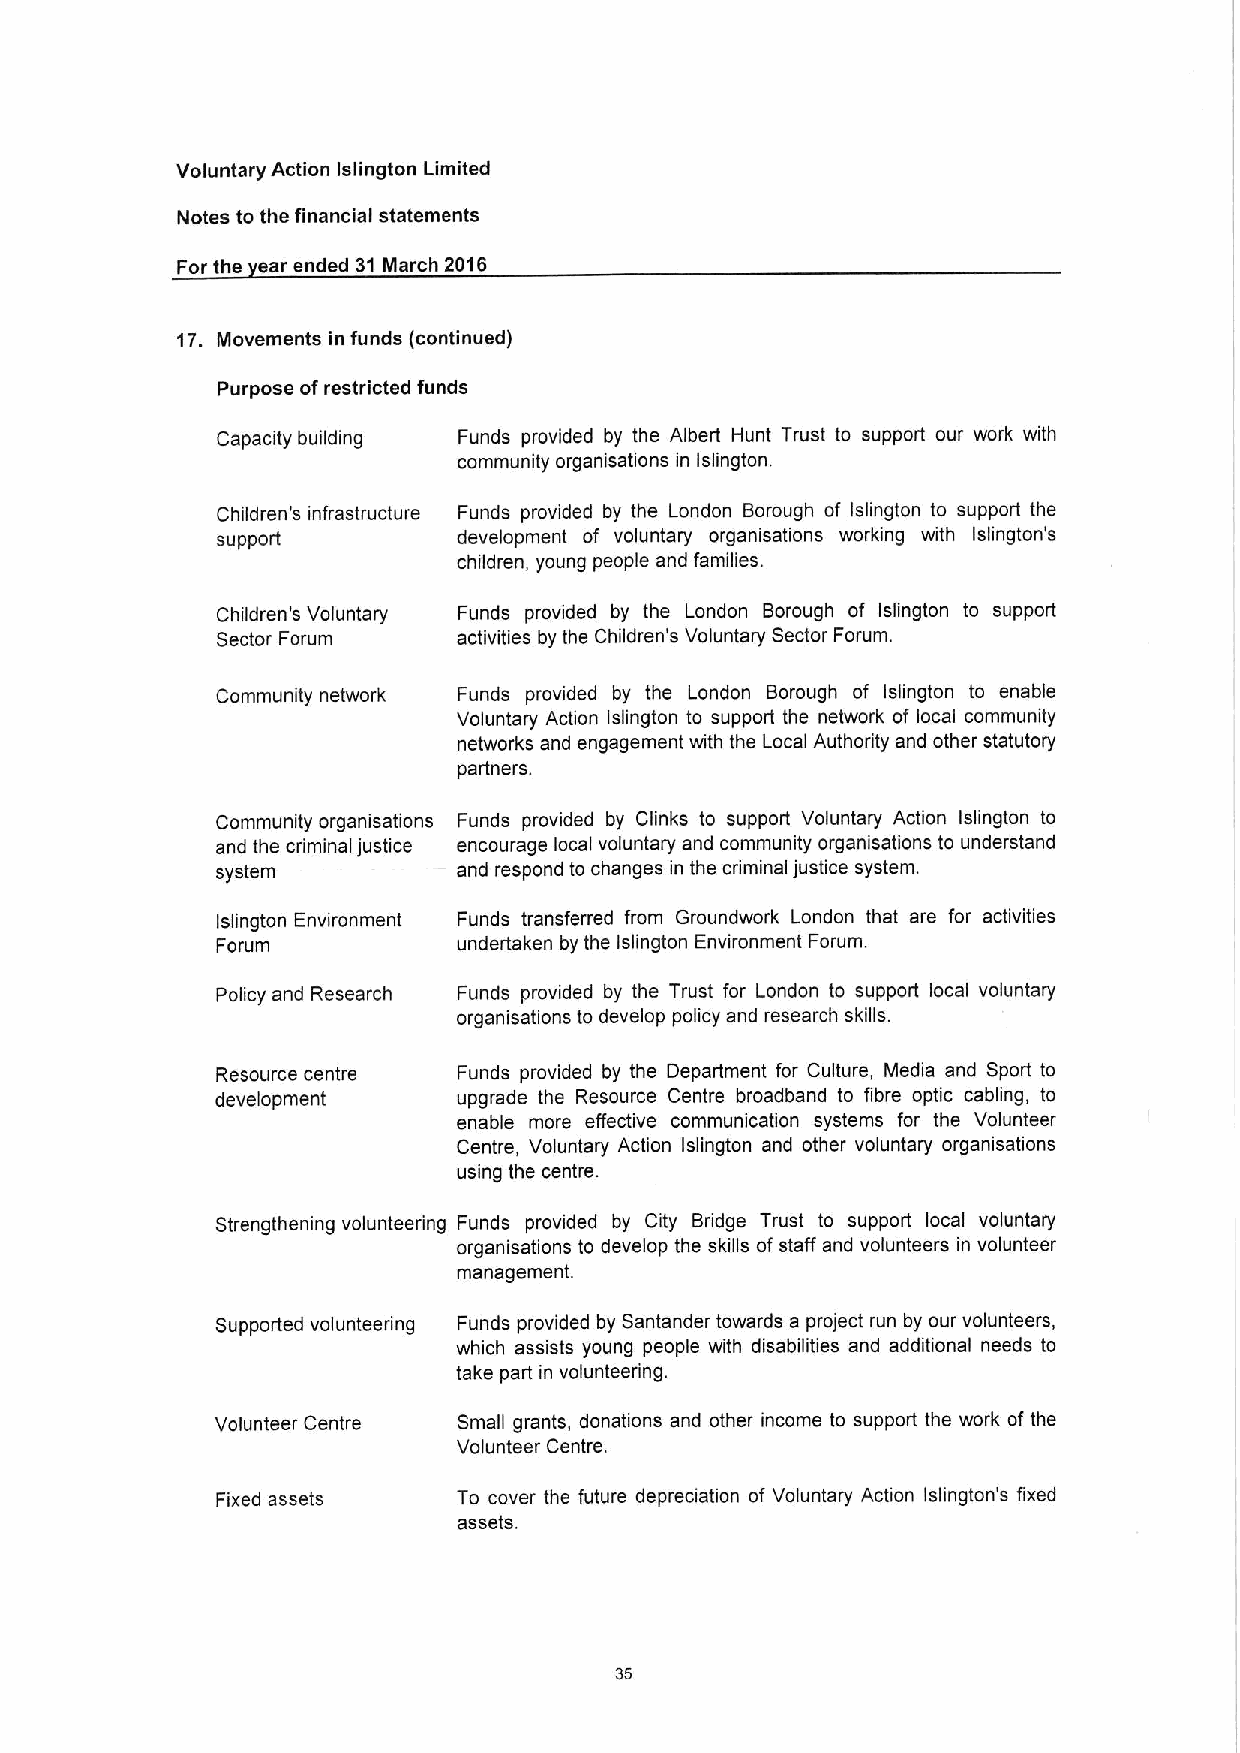
Voluntary Action Islington Limited
 Notes to the financial statements
 For the ear ended 31March 2016
 17. Movements in funds (continued)
 Purpose ofrestricted funds
 Capacity building Funds provided by the Albert Hunt Trust to support our work with
 community organisations in islington.
 Children's infrastructure Funds provided by the London Borough of Islington to support the
 sUpport         development of voluntary organisations working with Islington's
 children, young people and families.
 Children's Voluntary Funds provided by the London Borough of Islington to support
 Sector Forum    activities by the Children's Voluntary Sector Forum.
 Community network Funds provided by the London Borough of Islington to enable
 Voluntary Action Islington to support the network of local community
 networks and engagement with the Local Authority and other statutory
 partners.
 Community organisations Funds provided by Clinks to support Voluntary Action Islington to
 and the criminal justice encourage local voluntary and community organisations to understand
 system          and respond to changes in the criminal justice system.
 Islington Environment Funds transferred from Groundwork London that are for activities
 Forum           undertaken by the Islington Environment Forum.
 Policy and Research Funds provided by the Trust for London to support local voluntary
 organisations to develop policy and research skills.
 Resource centre Funds provided by the Department for Culture, Media and Sport to
 development     upgrade the Resource Centre broadband to fibre optic cabling, to
 enable more effective communication systems for the Volunteer
 Centre, Voluntary Action Islington and other voluntary organisations
 using the centre.
 Strengthening volunteering Funds provided by City Bridge Trust to support local voluntary
 organisations to develop the skills of staff and volunteers in volunteer
 management.
 Supported volunteering Funds provided by Santander towards a project run by our volunteers,
 which assists young people with disabilities and additional needs to
 take part in volunteering.
 Volunteer Centre Small grants, donations and other income to support the work of the
 Volunteer Centre.
 Fixed assets    To cover the future depreciation of Voluntary Action Islington's fixed
 assets.
 35